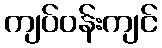
ကျပ်ဝန်းကျင်